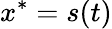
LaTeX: x^{*}=s(t)